Scottish Leaving Certificate Examination, 1951
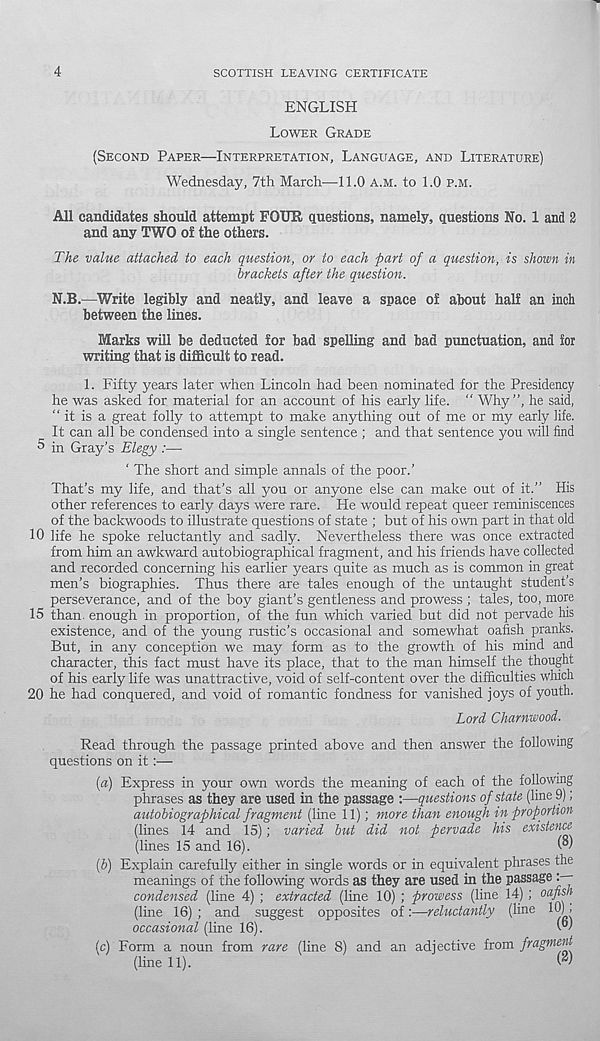
4
SCOTTISH LEAVING CERTIFICATE
ENGLISH
LOWER GRADE
(SECOND PAPER—INTERPRETATION, LANGUAGE, AND LITERATURE)
Wednesday, 7th March—11.0 A.M. to 1.0 P.M.
All candidates should attempt FOUR questions, namely, questions No. 1 and 2
and any TWO of the others.
The value attached to each question, or to each part of a question, is shown in
brackets after the question.
N.B.—Write legibly and neatly, and leave a space of about half an inch
between the lines.
Marks will be deducted for bad spelling and bad punctuation, and for
writing that is difficult to read.
1. Fifty years later when Lincoln had been nominated for the Presidency
he was asked for material for an account of his early life. “ Why”, he said,
“it is a great folly to attempt to make anything out of me or my early life.
It can all be condensed into a single sentence ; and that sentence you will find
5 in Gray’s Elegy :—■
‘ The short and simple annals of the poor.’
That’s my life, and that’s all you or anyone else can make out of it.” His
other references to early days were rare. He would repeat queer reminiscences
of the backwoods to illustrate questions of state ; but of his own part in that old
10 life he spoke reluctantly and sadly. Nevertheless there was once extracted
from him an awkward autobiographical fragment, and his friends have collected
and recorded concerning his earlier years quite as much as is common in great
men’s biographies. Thus there are tales enough of the untaught student’s
perseverance, and of the boy giant’s gentleness and prowess ; tales, too, more
15 than, enough in proportion, of the fun which varied but did not pervade his
existence, and of the young rustic’s occasional and somewhat oafish pranks.
But, in any conception we may form as to the growth of his mind and
character, this fact must have its place, that to the man himself the thought
of his early life was unattractive, void of self-content over the difficulties which
20 he had conquered, and void of romantic fondness for vanished joys of youth.
Lord Charnwood.
Read through the passage printed above and then answer the following
questions on it:—
{a) Express in your own words the meaning of each of the following
phrases as they are used in the passage :—questions of state (line 9);
autobiographical fragment (line 11); more than enough in proportion
(lines 14 and 15); varied but did not pervade his existence
(lines 15 and 16).
W
(b) Explain carefully either in single words or in equivalent phrases the
meanings of the following words as they are used in the passage
condensed (line 4) ; extracted (line 10) ; prowess (line 14) ; oafish
(line 16) ; and suggest opposites of:—reluctantly (line 10),
occasional (line 16).
W
(c) Form a noun from rare (line 8) and an adjective from fragment
(line 11).
w'